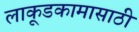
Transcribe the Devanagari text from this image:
लाकूडकामासाठी